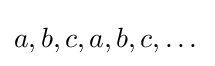
a,b,c,a,b,c,\dots